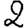
Digit: 2